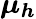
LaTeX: \boldsymbol{\mu_{h}}